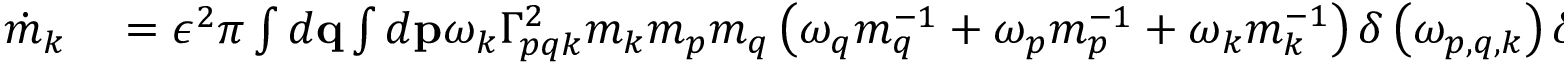
\begin{array} { r l } { \dot { m } _ { k } } & { { } = \epsilon ^ { 2 } \pi \int d \mathbf { q } \int d \mathbf { p } \omega _ { k } \Gamma _ { p q k } ^ { 2 } m _ { k } m _ { p } m _ { q } \left( \omega _ { q } m _ { q } ^ { - 1 } + \omega _ { p } m _ { p } ^ { - 1 } + \omega _ { k } m _ { k } ^ { - 1 } \right) \delta \left( \omega _ { p , q , k } \right) \delta \left( \mathbf { k } + \mathbf { q } + \mathbf { p } \right) . } \end{array}